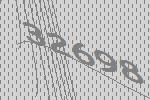
32698